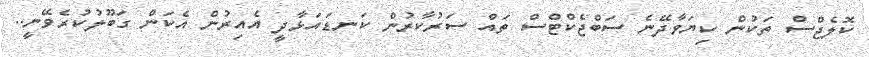
ކޮލެޖްސް ތަކުން ކިޔަވާދޭނެ ސަބްޖެކްޓްސް ތައް ސަރުކާރުން ކަނޑައަޅާދީ އެއިރުން އެކަން ގަބޫލުކުރެވޭނީ..